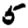
Digit: 5